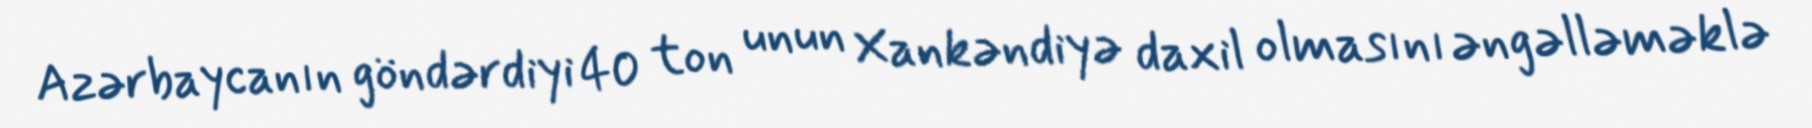
Azərbaycanın göndərdiyi 40 ton unun Xankəndiyə daxil olmasını əngəlləməklə